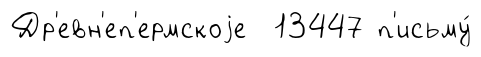
Др'евн'еп'ермскоjе 13447 п'исьму́